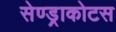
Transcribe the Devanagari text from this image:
सेण्ड्राकोटस